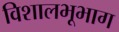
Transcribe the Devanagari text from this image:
विशालभूभाग